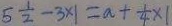
5 \frac { 1 } { 2 } - 3 \times 1 = a + \frac { 1 } { 4 } \times 1